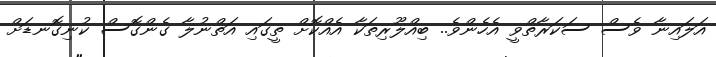
އަލައިނާ ވެސް ސަކަރާތްވީ އެހެންވެ.. ބިއްލޫރިތަކާ އެއްކޮށް ތީގައި އަތްނުލާ ގެންގޮސް ކުނިގޮނޑަށް